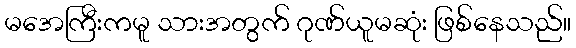
မအေကြီးကမူ သားအတွက် ဂုဏ်ယူမဆုံး ဖြစ်နေသည်။